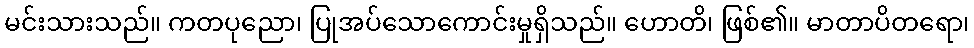
မင်းသားသည်။ ကတပုညော၊ ပြုအပ်သောကောင်းမှုရှိသည်။ ဟောတိ၊ ဖြစ်၏။ မာတာပိတရော၊